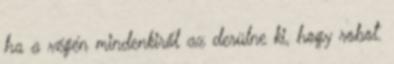
ha a végén mindenkiről az derülne ki, hogy robot.